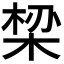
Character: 𬂾